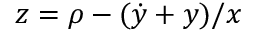
z = \rho - ( \dot { y } + y ) / x